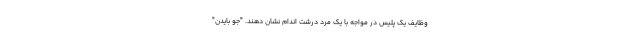
وظایف یک پلیس در مواجه با یک مرد درشت اندام نشان دهند. "جو بایدن"